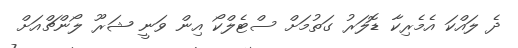
ދެ ލައްކަ އެމެރިކާ ޑޮލަރު ގަތުމަށް ސްޓެލްކޯ އިން ވަނީ ޝަރޫ ލޯންޗްއަށް